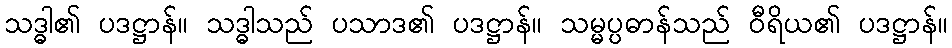
သဒ္ဓါ၏ ပဒဋ္ဌာန်။ သဒ္ဓါသည် ပသာဒ၏ ပဒဋ္ဌာန်။ သမ္မပ္ပဓာန်သည် ဝီရိယ၏ ပဒဋ္ဌာန်။